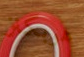
هوبكنز